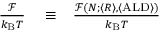
\begin{array} { r l r } { \frac { \mathcal { F } } { k _ { \mathrm { B } } T } } & { { } \equiv } & { \frac { \mathcal { F } ( N ; \langle R \rangle , \langle \mathrm { A L D } \rangle ) } { k _ { \mathrm { B } } T } } \end{array}